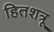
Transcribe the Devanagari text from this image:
हितशत्रू